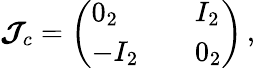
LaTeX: \begin{array}{r}{\boldsymbol{{\mathcal{J}}}_{c}=\left(\begin{array}{lll}{0_{2}}&{}&{I_{2}}\\ {-I_{2}}&{}&{0_{2}}\end{array}\right)\, ,}\end{array}